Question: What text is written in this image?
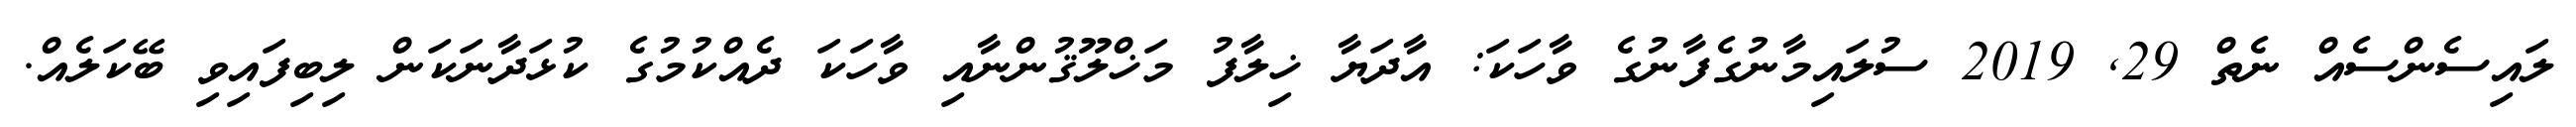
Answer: ލައިސެންސެއް ނެތް 29, 2019 ސުލައިމާނުގެފާނުގެ ވާހަކަ: އާދަޔާ ޚިލާފު މަޚްލޫޤުންނާއި ވާހަކަ ދެއްކުމުގެ ކުޅަދާނަކަން ލިބިފައިވި ބޭކަލެއް.